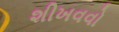
શીખવવો